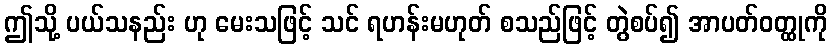
ဤသို့ ပယ်သနည်း ဟု မေးသဖြင့် သင် ရဟန်းမဟုတ် စသည်ဖြင့် တွဲစပ်၍ အာပတ်ဝတ္ထုကို